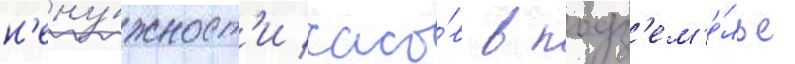
н'ену́жност'и часо́в в подз'ем'е́лье